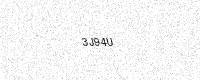
Text: 3J94U